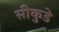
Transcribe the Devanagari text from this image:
सीकुडे